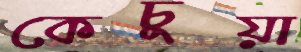
কেচুয়া